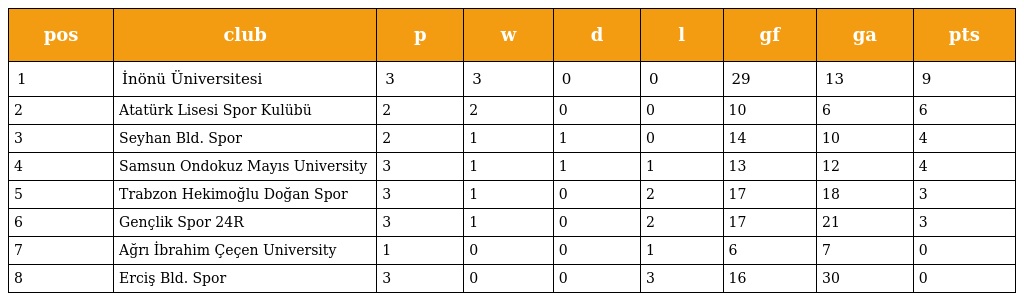
| pos | club | p | w | d | l | gf | ga | pts |
 | --- | --- | --- | --- | --- | --- | --- | --- | --- |
 | 1 | İnönü Üniversitesi | 3 | 3 | 0 | 0 | 29 | 13 | 9 |
 | 2 | Atatürk Lisesi Spor Kulübü | 2 | 2 | 0 | 0 | 10 | 6 | 6 |
 | 3 | Seyhan Bld. Spor | 2 | 1 | 1 | 0 | 14 | 10 | 4 |
 | 4 | Samsun Ondokuz Mayıs University | 3 | 1 | 1 | 1 | 13 | 12 | 4 |
 | 5 | Trabzon Hekimoğlu Doğan Spor | 3 | 1 | 0 | 2 | 17 | 18 | 3 |
 | 6 | Gençlik Spor 24R | 3 | 1 | 0 | 2 | 17 | 21 | 3 |
 | 7 | Ağrı İbrahim Çeçen University | 1 | 0 | 0 | 1 | 6 | 7 | 0 |
 | 8 | Erciş Bld. Spor | 3 | 0 | 0 | 3 | 16 | 30 | 0 |